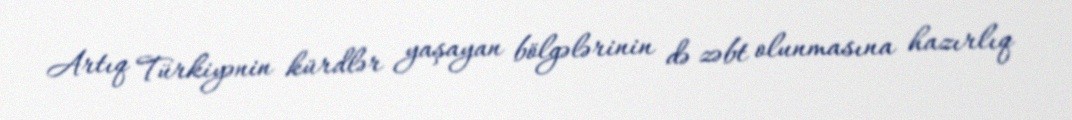
Artıq Türkiyənin kürdlər yaşayan bölgələrinin də zəbt olunmasına hazırlıq